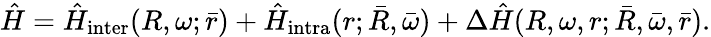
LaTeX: \hat{H}=\hat{H}_{\mathrm{inter}}(R,\omega;\bar{r})+\hat{H}_{\mathrm{intra}}(r;\bar{R},\bar{\omega})+\Delta\hat{H}(R,\omega,r;\bar{R},\bar{\omega},\bar{r}).